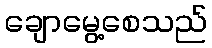
ချောမွေ့စေသည်